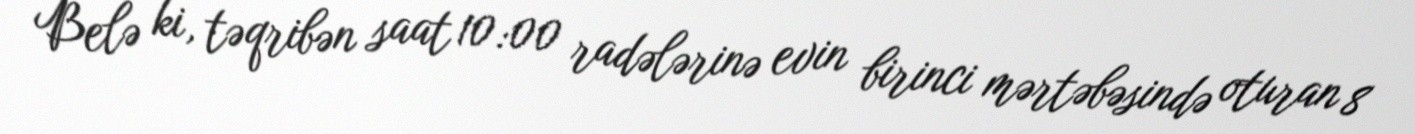
Belə ki, təqribən saat 10:00 radələrinə evin birinci mərtəbəsində oturan 8